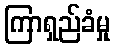
ကြာရှည်ခံမှု